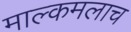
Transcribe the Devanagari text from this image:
माल्कमलाच